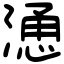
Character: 慂